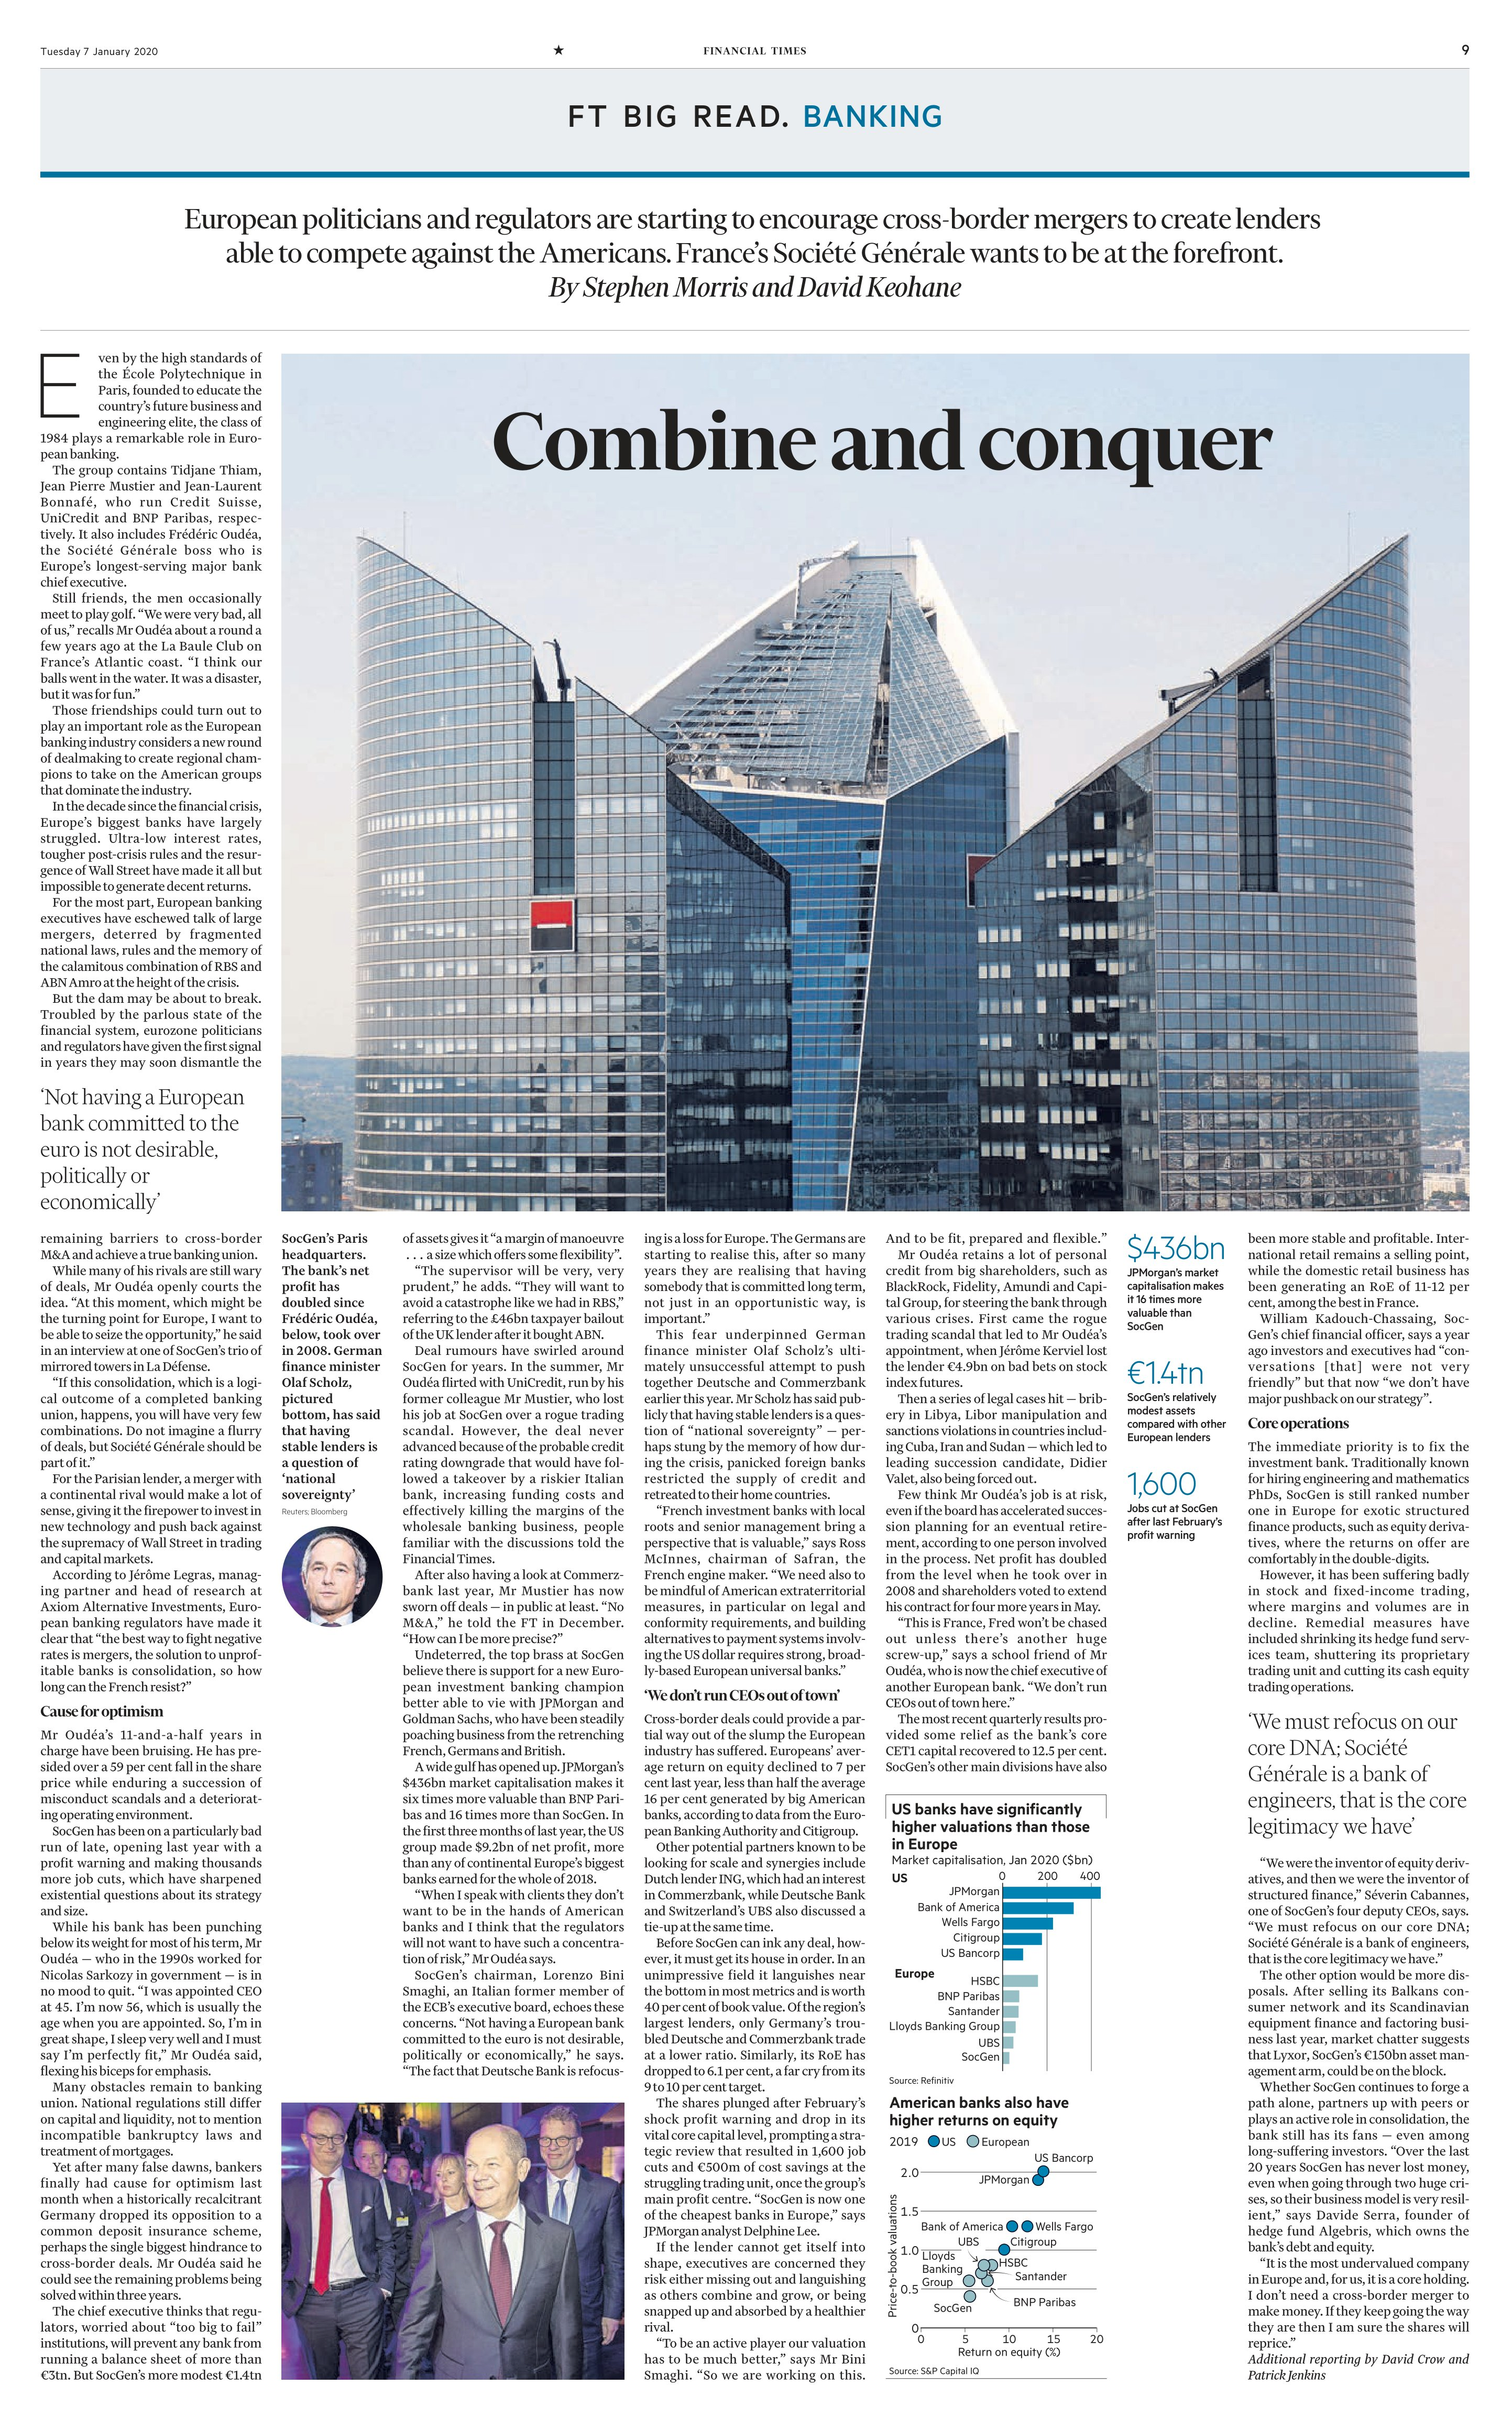
Language: en